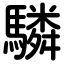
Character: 驎